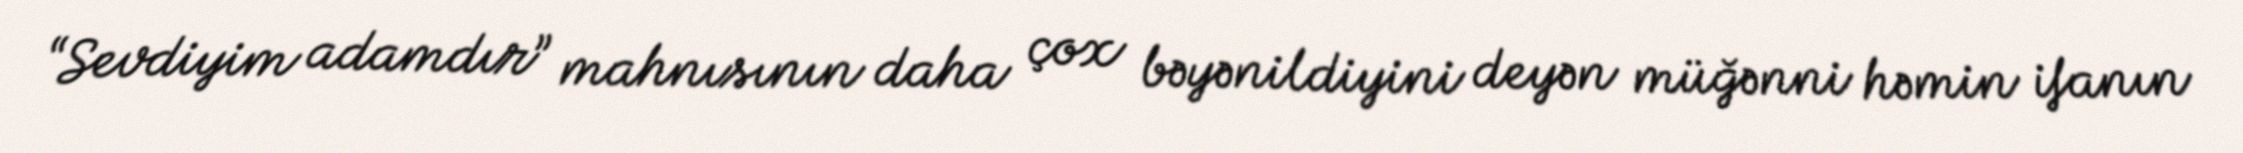
“Sevdiyim adamdır” mahnısının daha çox bəyənildiyini deyən müğənni həmin ifanın